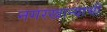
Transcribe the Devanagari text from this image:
नगरखान्याची